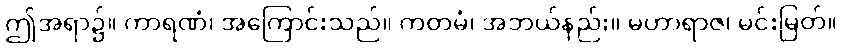
ဤအရာ၌။ ကာရဏံ၊ အကြောင်းသည်။ ကတမံ၊ အဘယ်နည်း။ မဟာရာဇ၊ မင်းမြတ်။